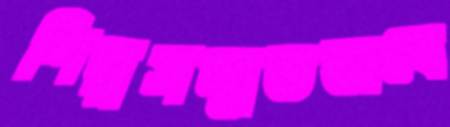
শিল্পসম্মতভাবে